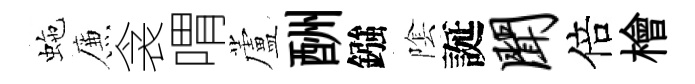
虵簾衾喟蘆酬鏹隂誕闻倍檜